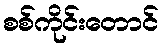
စစ်ကိုင်းတောင်